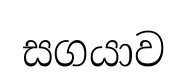
සගයාව